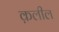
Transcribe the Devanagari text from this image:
क़लील